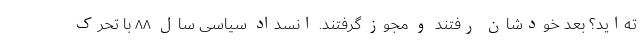
ته‌اید؟ بعد خودشان رفتند و مجوز گرفتند. انسداد سیاسی سال ۸۸ با تحرک